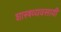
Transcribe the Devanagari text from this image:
शास्त्रव्यवसायी